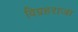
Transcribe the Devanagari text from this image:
विग्रहराजा